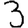
Digit: 3